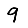
Digit: 9